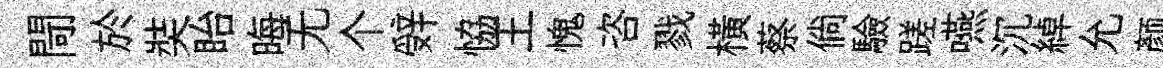
閜於奘眙晦无个辤恊王愧咨戮横蔡倘驗蹉嚥沉綽允颜